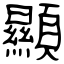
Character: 顯